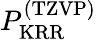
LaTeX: P_{\mathrm{KRR}}^{\mathrm{(TZVP)}}